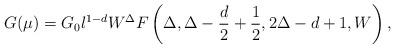
LaTeX: \begin{align*}G(\mu)=G_0 l^{1-d} W^{\Delta} F \left(\Delta,\Delta-\frac{d}{2}+\frac{1}{2},2\Delta -d+1,W \right) ,\end{align*}